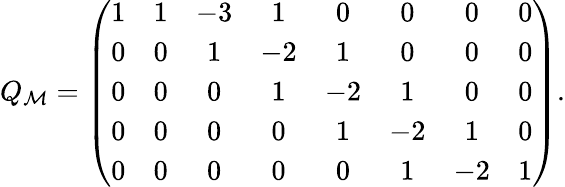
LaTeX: Q_{\cal M}=\left(\begin{array}{ccccccccc}{{1}}&{{1}}&{{-3}}&{{1}}&{{0}}&{{0}}&{{0}}&{{0}}\\ {{0}}&{{0}}&{{1}}&{{-2}}&{{1}}&{{0}}&{{0}}&{{0}}\\ {{0}}&{{0}}&{{0}}&{{1}}&{{-2}}&{{1}}&{{0}}&{{0}}\\ {{0}}&{{0}}&{{0}}&{{0}}&{{1}}&{{-2}}&{{1}}&{{0}}\\ {{0}}&{{0}}&{{0}}&{{0}}&{{0}}&{{1}}&{{-2}}&{{1}}\end{array}\right).